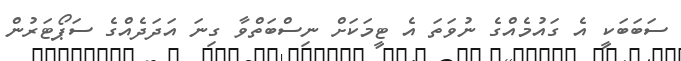
ސަބަބަކީ އެ ގައުމެއްގެ ނުވަތަ އެ ޓީމަކަށް ނިސްބަތްވާ ގިނަ އަދަދެއްގެ ސަޕޯޓަރުން